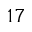
1 7